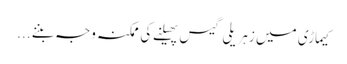
کیماڑی میں زہریلی گیس پھیلنے کی ممکنہ وجہ بننے ...